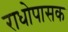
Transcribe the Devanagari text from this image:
राधोपासक